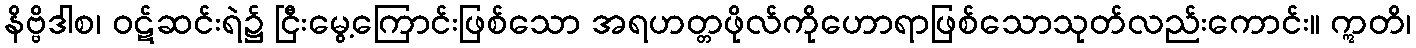
နိဗ္ဗိဒါစ၊ ဝဋ်ဆင်းရဲ၌ ငြီးမွေ့ကြောင်းဖြစ်သော အရဟတ္တဖိုလ်ကိုဟောရာဖြစ်သောသုတ်လည်းကောင်း။ ဣတိ၊